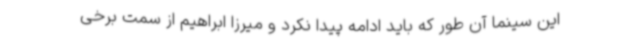
این سینما آن طور که باید ادامه پیدا نکرد و میرزا ابراهیم از سمت برخی